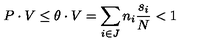
P \cdot V \le \theta \cdot V = \sum _ { i \in J } n _ { i } \frac { s _ { i } } { N } < 1